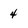
Character: 4